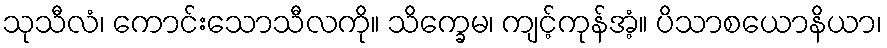
သုသီလံ၊ ကောင်းသောသီလကို။ သိက္ခေမ၊ ကျင့်ကုန်အံ့။ ပိသာစယောနိယာ၊